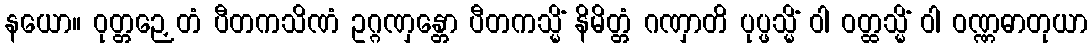
နယော။ ဝုတ္တဉှေတံ ပီတကသိဏံ ဥဂ္ဂဏှန္တော ပီတကသ္မိံ နိမိတ္တံ ဂဏှာတိ ပုပ္ဖသ္မိံ ဝါ ဝတ္ထသ္မိံ ဝါ ဝဏ္ဏဓာတုယာ